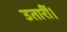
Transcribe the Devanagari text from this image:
उतारीं।